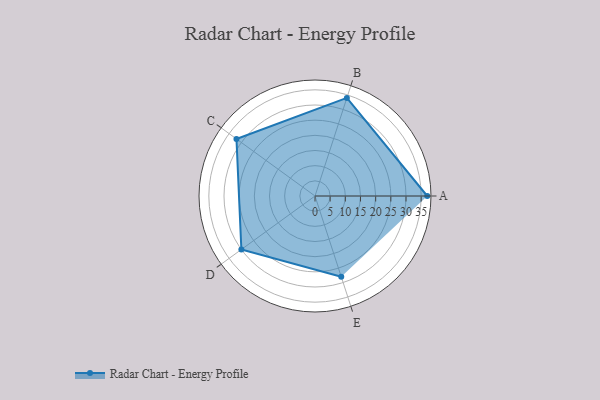
{"axis": {"x": "Skill", "y": "Score"}, "legend": ["Profile"], "data": [{"x": "A", "y": 37.0, "type": "Profile"}, {"x": "B", "y": 34.0, "type": "Profile"}, {"x": "C", "y": 32.0, "type": "Profile"}, {"x": "D", "y": 30.0, "type": "Profile"}, {"x": "E", "y": 28.0, "type": "Profile"}]}